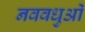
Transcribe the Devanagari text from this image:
नववधुओं